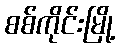
စစ်ကိုင်းမြို့